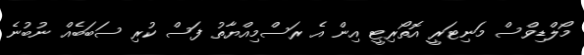
މޯލްޑިވްސް މަނިޓަރީ އޮތޯރިޓީ އިން އެ ރަސްމިއްޔާތު ފަސް ކުރި ސަބަބެއް ނުބުނެ